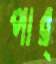
পার্